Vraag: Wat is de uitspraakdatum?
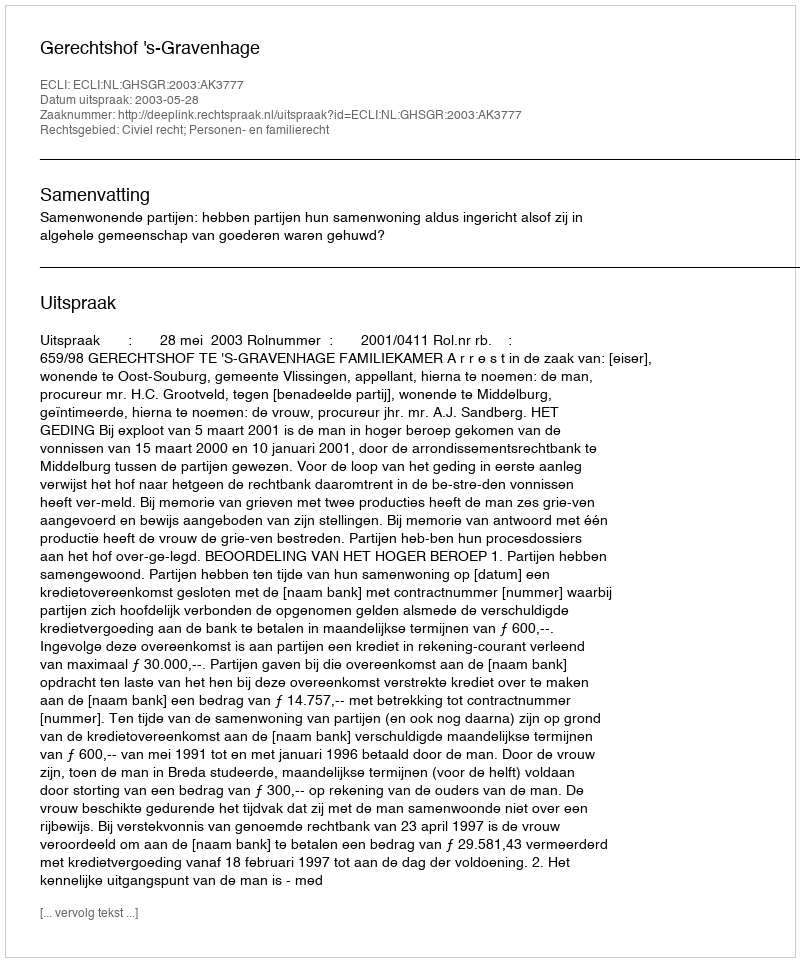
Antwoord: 2003-05-28